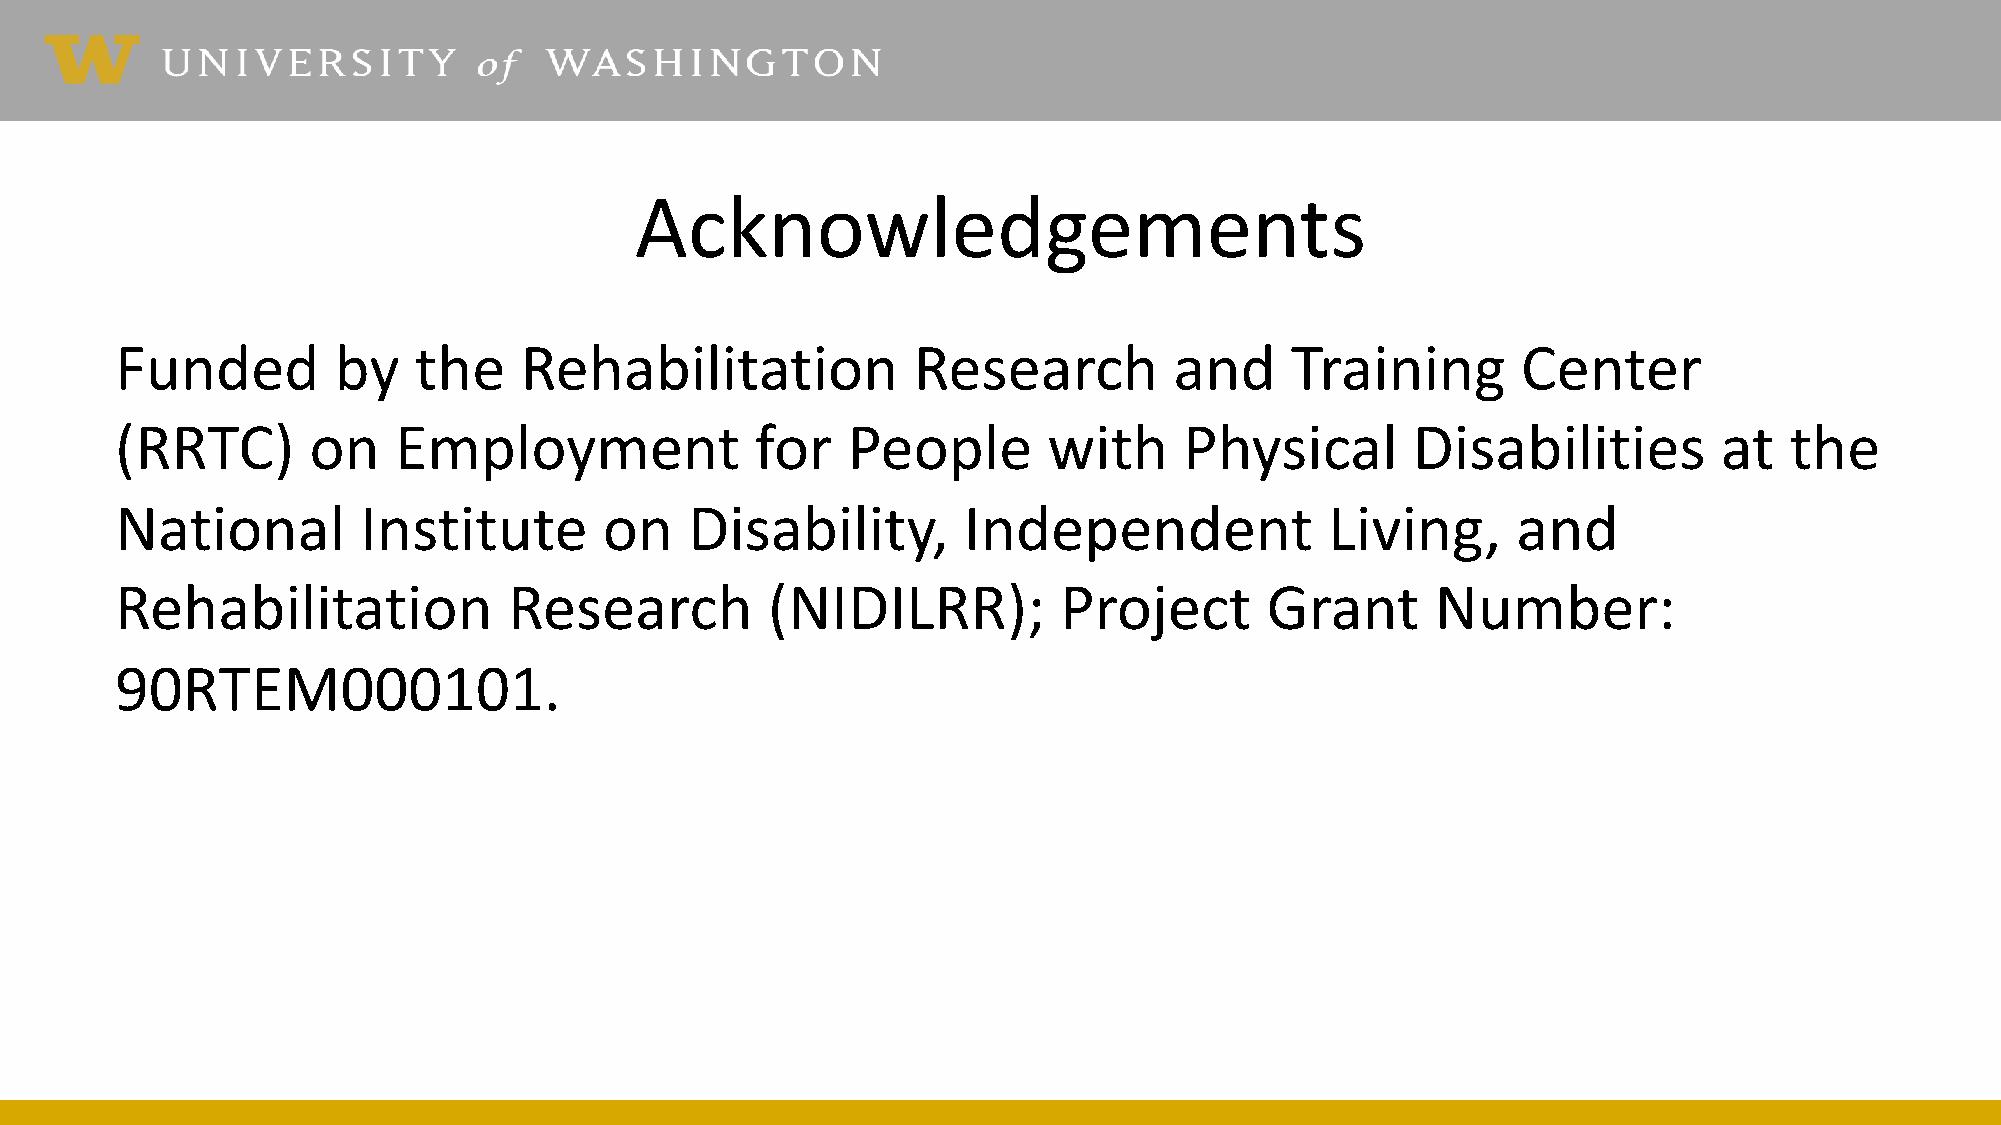
Acknowledgements
 Funded        by   the    Rehabilitation            Research          and    Training        Center
 (RRTC)      on    Employment              for   People       with     Physical       Disabilities         at  the
 National        Institute       on    Disability,       Independent             Living,     and
 Rehabilitation            Research         (NIDILRR);         Project       Grant      Number:
 90RTEM000101.